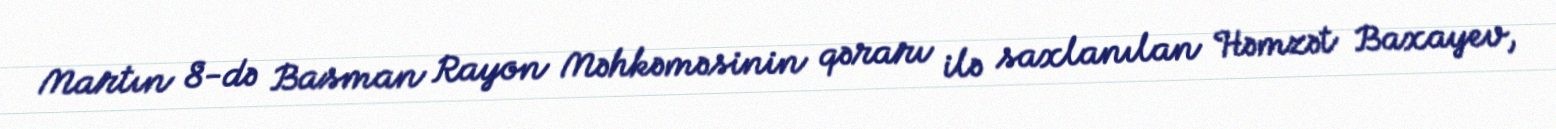
Martın 8-də Basman Rayon Məhkəməsinin qərarı ilə saxlanılan Həmzət Baxayev,